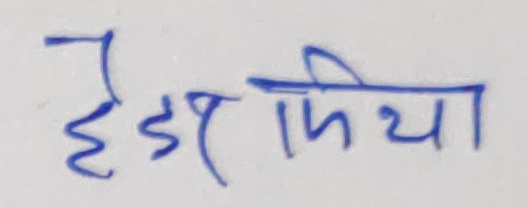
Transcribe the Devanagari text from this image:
हेडर मिडिया